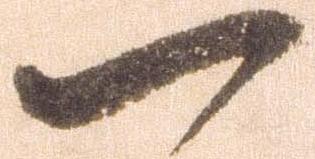
一